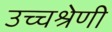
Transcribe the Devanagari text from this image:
उच्चश्रेणी